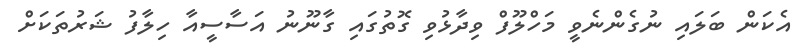
އެކަން ބަލައި ނުގެންނެވީ މަހްލޫފް ވިދާޅުވި ގޮތުގައި ގާނޫނު އަސާސީއާ ހިލާފު ޝަރުތަކަށް